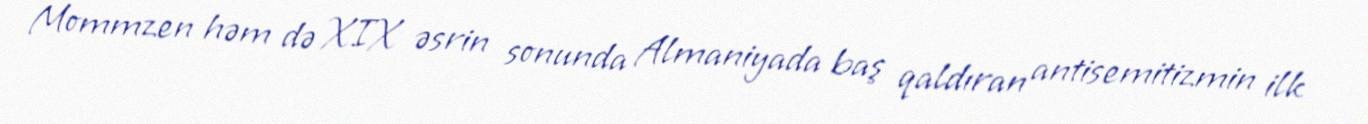
Mommzen həm də XIX əsrin sonunda Almaniyada baş qaldıran antisemitizmin ilk